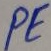
Text: PE